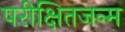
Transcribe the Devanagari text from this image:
परीक्षितजन्म